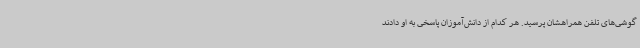
گوشی‌های تلفن همراهشان پرسید. هر کدام از دانش‌آموزان پاسخی به او دادند